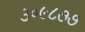
૩૦૯૮૭૭